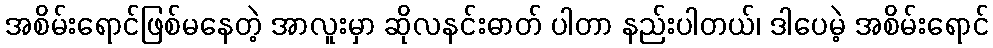
အစိမ်းရောင်ဖြစ်မနေတဲ့ အာလူးမှာ ဆိုလနင်းဓာတ် ပါတာ နည်းပါတယ်၊ ဒါပေမဲ့ အစိမ်းရောင်